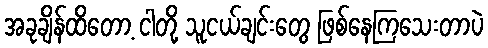
အခုချိန်ထိတော့ ငါတို့ သူငယ်ချင်းတွေ ဖြစ်နေကြသေးတာပဲ